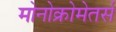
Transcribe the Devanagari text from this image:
मोनोक्रोमेतर्स